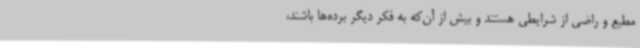
مطیع و راضی‌ از شرایطی هستند و بیش از آن‌که به فکر دیگر برده‌ها باشند،